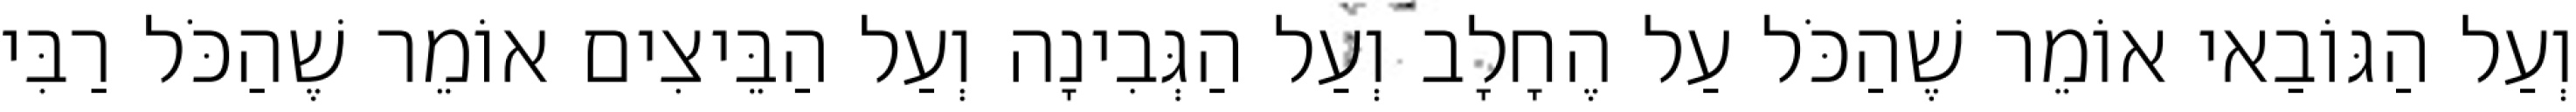
וְעַל הַגּוֹבַאי אוֹמֵר שֶׁהַכֹּל עַל הֶחָלָב וְעַל הַגְּבִינָה וְעַל הַבֵּיצִים אוֹמֵר שֶׁהַכֹּל רַבִּי